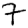
Digit: 7